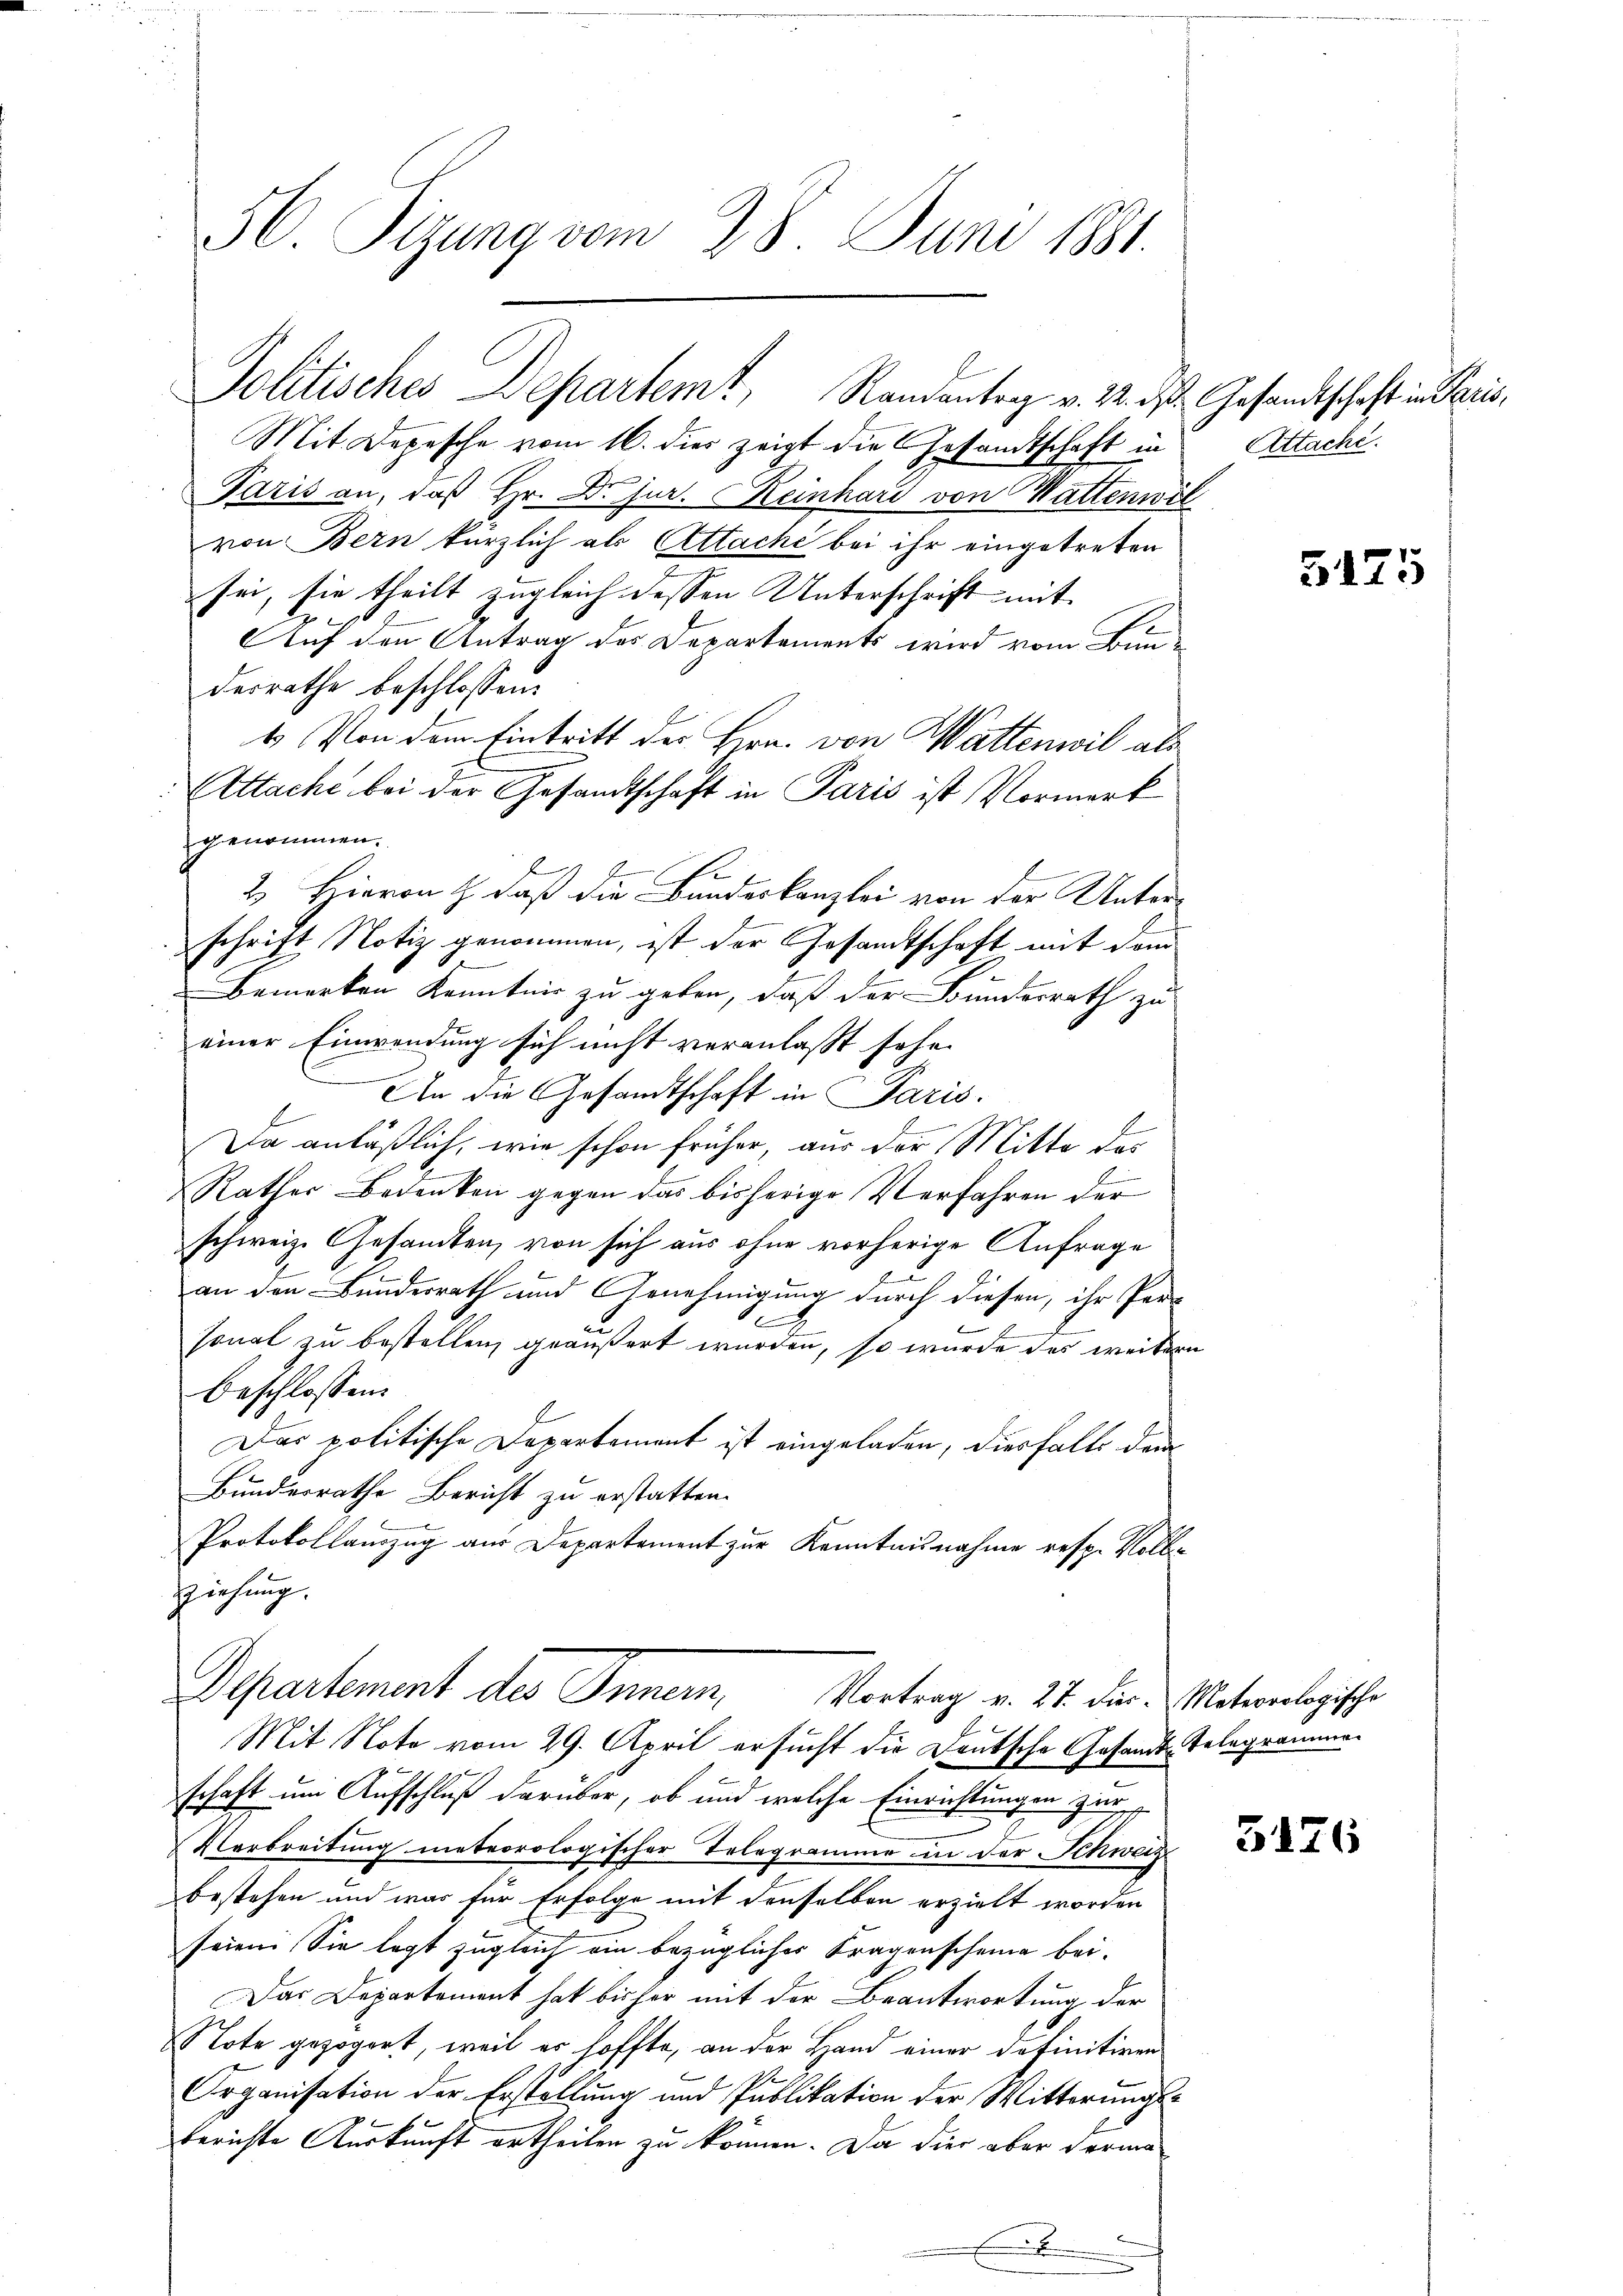
56. Sitzung vom 28. Juni 1881.

Politisches Departemt, Randantrag v. 22. d. Gesandtschaft in Paris,

Mit Depesche vom 16. dies zeigt die Gesandtschaft in
Paris an, daß Hr. Dr Jur. Keinhard von Wattenwir
von Bern kürzlich als Attache bei ihr eingetreten
sei, sie theilt zugleich dessen Unterschrift mit
Auf den Antrag des Departements wird vom Bundesrathe beschlossen:
4. Von dem Eintritt der Hrn. von Wattenwil als
Attache bei der Gesandtschaft in Paris ist Vormerk
genommen.
b
b
2. Hievon J. daß die Bundeskanzlei von der Unter-
schrift Notiz genommen, ist der Gesamtschaft mit dem
Bemerken Kenntnis zu geben, daß der Bundesrath zu
einer Einwendung sich nicht veranlasst sehe.
An die Gesandtschaft in Paris.
E
Da anläßlich, wie schon früher, aus der Mitte das
Rathes Bedenken gegen das bisherige Verfahren der
schweiz. Gesandten, von sich aus ohne vorherige Anfrage
b
an den Bunderrath und Genehmigung durch diesen, ihr Per-
e
sonal zu bestellen, geäußert wurden, so wurde das weiter
beschlossen:
Das politische Departement ist eingeladen, diesfalls dem
Bundesrathe Bericht zu erstatten.
Protokollamzug aus Departement zur Kenntnisnahme resp. Voll
Ziehung
Departement des Innern, Vortrag v. 21. der Meteorologische
Mit Note vom 29. April ersucht die Deutsche Gesandt-Telegramman
schaft um Aufschluß darüber, ob und welche Einrichtungen zur
Verbreitung meteorologischer Telegramme in der Schweiz
bestehen und was für Erfolge mit denselben erzielt worden
seien. Sie legt zugleich ein bezüglicher Fragenscheine bei.
Das Departement hat bisher mit der Beantwortung der
Note gezögert, weil es hoffte, an der Hand einer definitiven
Organisation der Erstellung und Publikation der Witterungsberichte Auskunft ertheilen zu können. Da dies aber Forma

Attache.

3176

5175